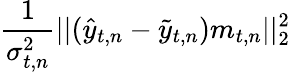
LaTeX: \frac{1}{\sigma_{t,n}^{2}}||(\hat{y}_{t,n}-\tilde{y}_{t,n})m_{t,n}||_{2}^{2}